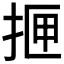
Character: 𰓫